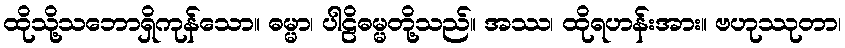
ထိုသို့သဘောရှိကုန်သော။ ဓမ္မာ၊ ပါဠိဓမ္မတို့သည်။ အဿ၊ ထိုရဟန်းအား။ ဗဟုဿုတာ၊